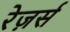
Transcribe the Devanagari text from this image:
रेज़र्स